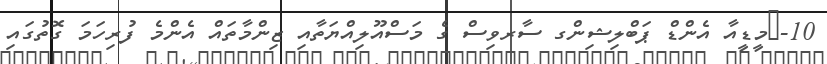
10-	މީޑީއާ އެންޑް ޕަބްލިޝިންގ ސާރވިސް ގެ މަސްއޫލިއްޔަތާއި ޒިންމާތައް އެންމެ ފުރިހަމަ ގޮތުގައި